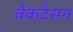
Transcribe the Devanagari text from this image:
वेंकटेसन